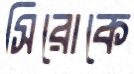
সিরোকে